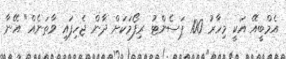
އެމްބީއޭ އަކީ މިހާރު 100 ޕަސެންޓު ރިފޯމަކަށް ދާން ޖެހިފައި ވާތަނެއް" އޭނާ